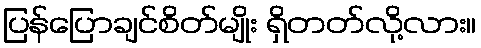
ပြန်ပြောချင်စိတ်မျိုး ရှိတတ်လို့လား။